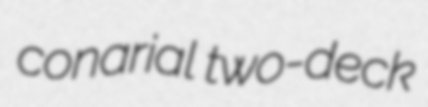
conarial two-deck